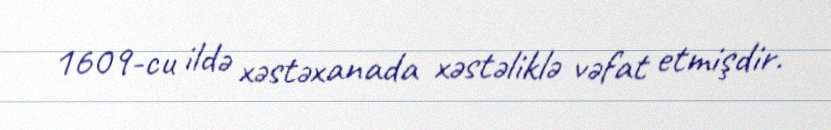
1609-cu ildə xəstəxanada xəstəliklə vəfat etmişdir.